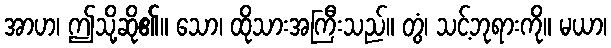
အာဟ၊ ဤသို့ဆို၏။ သော၊ ထိုသားအကြီးသည်။ တွံ၊ သင့်ဘုရားကို။ မယာ၊